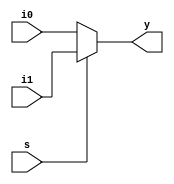
module mux2_1(i0,i1,s,y);
input s,i0,i1;
output y;
assign y=s?i1:i0;
endmodule

module mux41_21(i0,i1,i2,i3,s1,s0,y);
input i0,i1,i2,i3,s1,s0;
output y;
wire y0,y1;
mux2_1 m1(.i0(i0),.i1(i1),.s(s0),.y(y0));
mux2_1 m2(.i0(i2),.i1(i3),.s(s0),.y(y1));
mux2_1 m3(.i0(y0),.i1(y1),.s(s1),.y(y));
endmodule